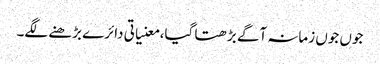
جوں جوں زمانہ آگے بڑھتا گیا، معنیاتی دائرے بڑھنے لگے۔